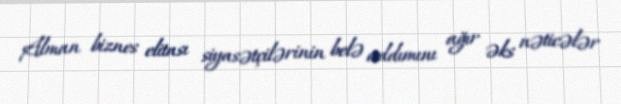
Alman biznes elitası siyasətçilərinin belə addımını ağır əks nəticələr